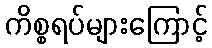
ကိစ္စရပ်များကြောင့်